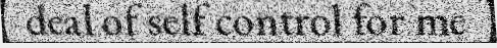
deal of self control for me